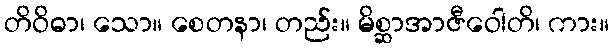
တိဝိဓာ၊ သော။ စေတနာ၊ တည်း။ မိစ္ဆာအာဇီဝေါတိ၊ ကား။